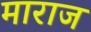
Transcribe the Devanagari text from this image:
माराज